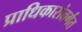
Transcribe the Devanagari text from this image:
प्राधिकारांतर्गत